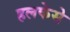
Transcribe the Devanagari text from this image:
हलकेसे